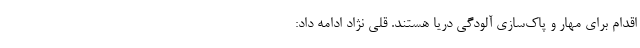
اقدام برای مهار و پاک‌سازی آلودگی دریا هستند. قلی نژاد ادامه داد: